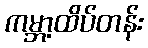
ကမ္ဘာ့ထိပ်တန်း